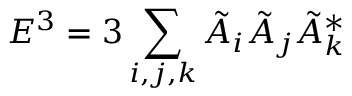
E ^ { 3 } = 3 \sum _ { i , j , k } \tilde { A } _ { i } \tilde { A } _ { j } \tilde { A } _ { k } ^ { * }